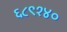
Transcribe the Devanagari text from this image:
६८९१४०